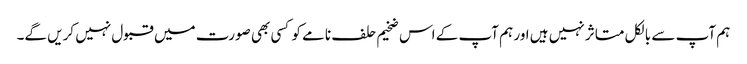
ہم آپ سے بالکل متاثر نہیں ہیں اور ہم آپ کے اس ضخیم حلف نامے کو کسی بھی صورت میں قبول نہیں کریں گے۔